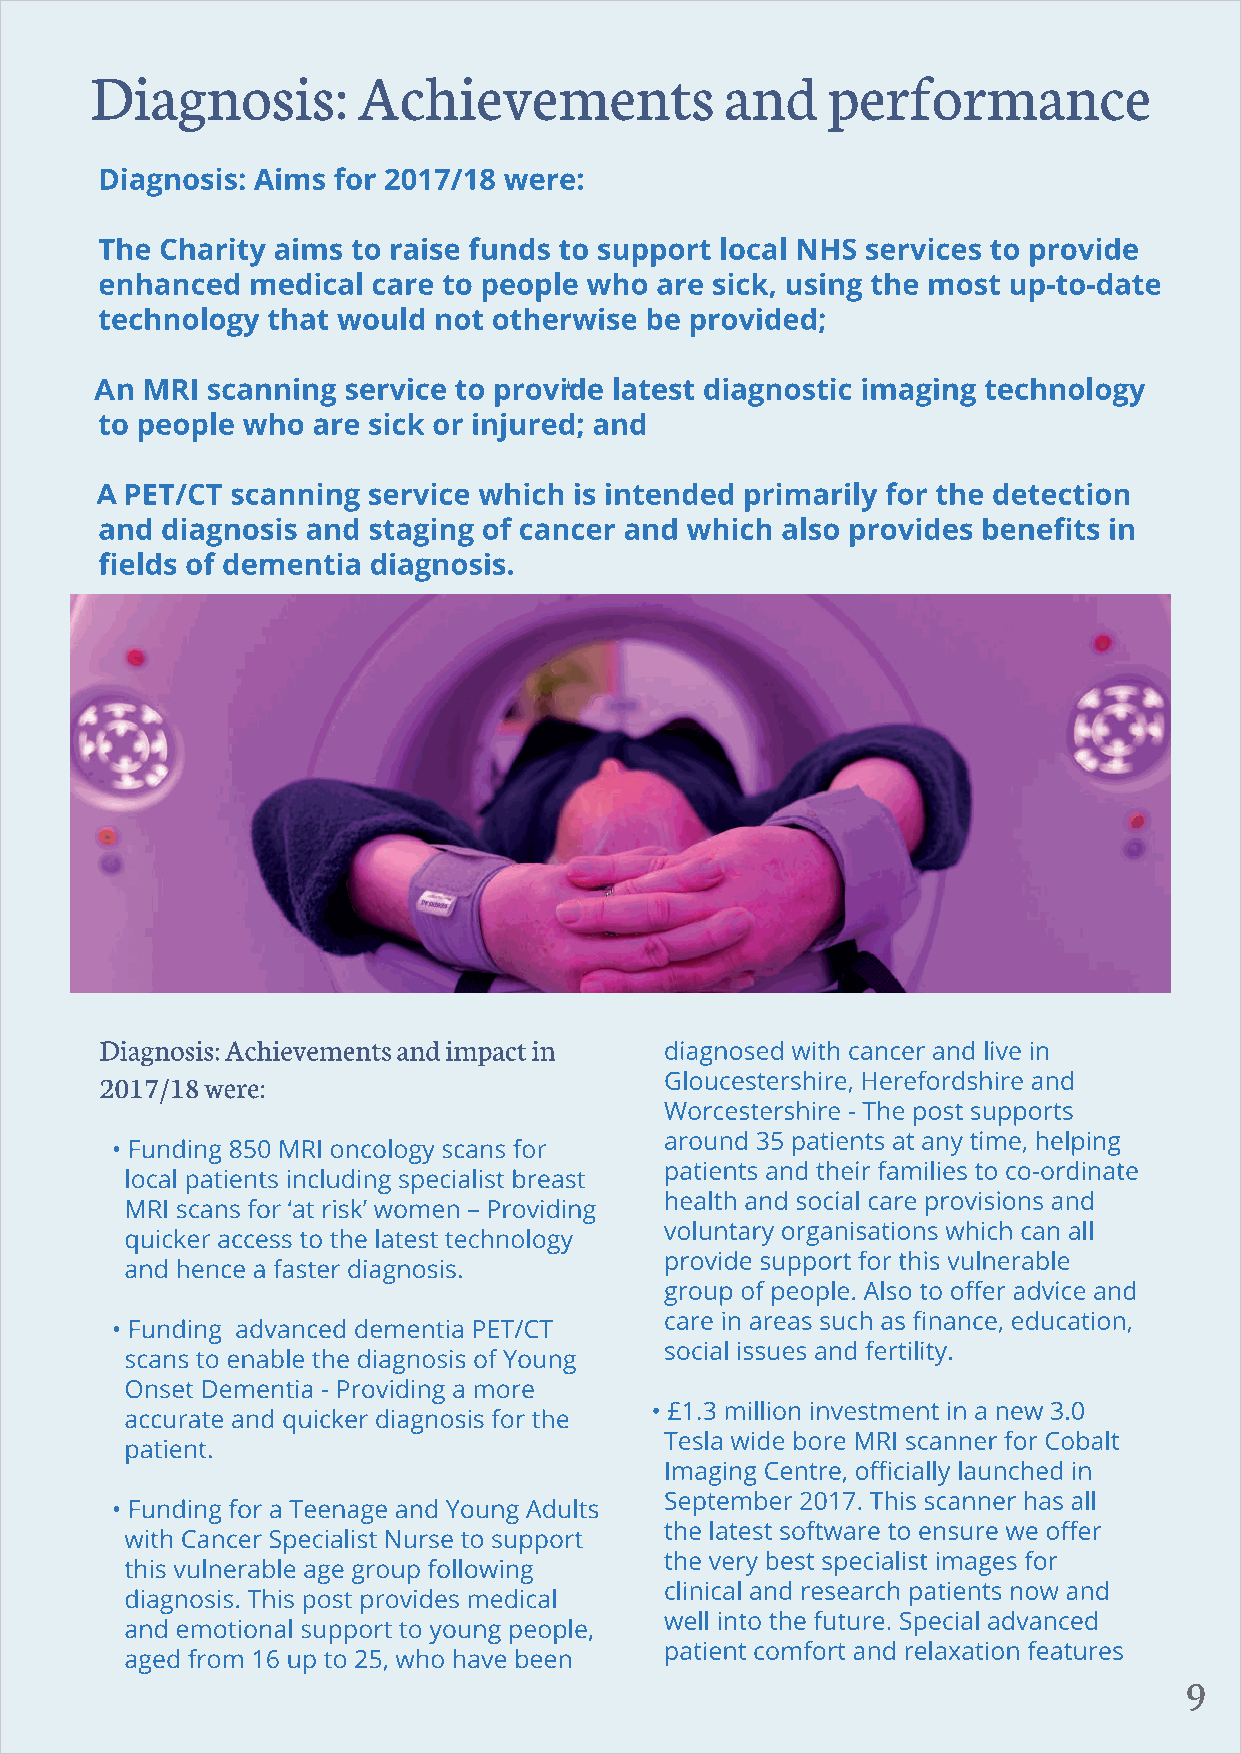
9